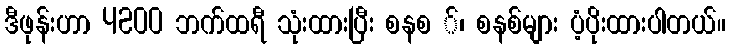
ဒီဖုန်းဟာ 4200 ဘက်ထရီ သုံးထားပြီး စနစ ်၊ စနစ်များ ပံ့ပိုးထားပါတယ်။